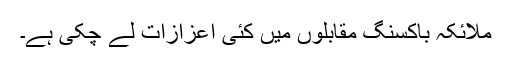
ملائکہ باکسنگ مقابلوں میں کئی اعزازات لے چکی ہے۔